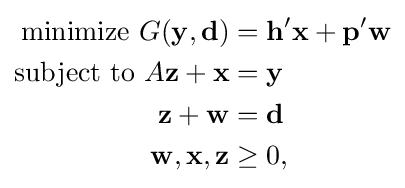
{\begin{aligned}{\text{minimize }}G(\mathbf {y} ,\mathbf {d} )&=\mathbf {h} '\mathbf {x} +\mathbf {p} '\mathbf {w} \\{\text{subject to }}A\mathbf {z} +\mathbf {x} &=\mathbf {y} \\\mathbf {z} +\mathbf {w} &=\mathbf {d} \\\mathbf {w} ,\mathbf {x} ,\mathbf {z} &\geq 0,\end{aligned}}